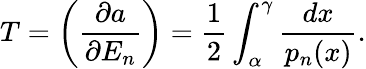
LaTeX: T=\left(\frac{\partial a}{\partial E_{n}}\right)=\frac{1}{2}\int_{\alpha}^{\gamma}\frac{dx}{p_{n}(x)}.